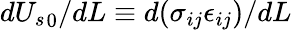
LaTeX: d{U_{s}}_{0}/dL\equiv{d(\sigma_{ij}\epsilon_{ij})/dL}